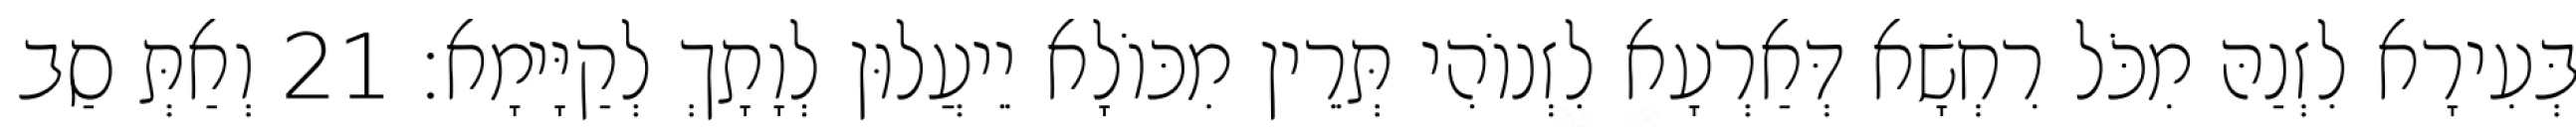
בְּעִירָא לִזְנַהּ מִכֹּל רִחְשָׁא דְּאַרְעָא לִזְנוֹהִי תְּרֵין מִכּוֹלָא יֵיעֲלוּן לְוָתָךְ לְקַיָּימָא׃ 21 וְאַתְּ סַב